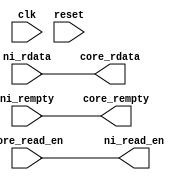
module lwnet(
    input clk,
    input reset, 

    // lets get a signal through
    // control unit here
    input wire core_read_en,

    // inputs from core
    output wire [RSIZE-1:0] core_rdata,

    // outputs to core 
    output wire core_rempty,


    output wire ni_read_en, 
    // input from NoC 
    input wire ni_rempty,
    // outputs to NoC
    input wire [RSIZE-1:0] ni_rdata
);

    // Parameters 
    // ADDRSIZE -> shows length of FIFOS
    // MSB_SLOT -> shows depth of FIFO or DATA size
    // DSIZE -> full packet size 
    // RSIZE -> half a packet size
    parameter ADDRSIZE = 5;
    parameter MSB_SLOT = 5;
    localparam DSIZE = 1<<MSB_SLOT;
    localparam RSIZE = 1<<MSB_SLOT-1;

    // Direct assigning to the outputs 
    assign core_rdata = ni_rdata;
    assign core_rempty = ni_rempty;
    assign ni_read_en = core_read_en;
    
endmodule